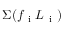
\Sigma ( f _ { \mathrm { ~ i ~ } } L _ { \mathrm { ~ i ~ } } )